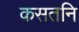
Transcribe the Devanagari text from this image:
कसतनि